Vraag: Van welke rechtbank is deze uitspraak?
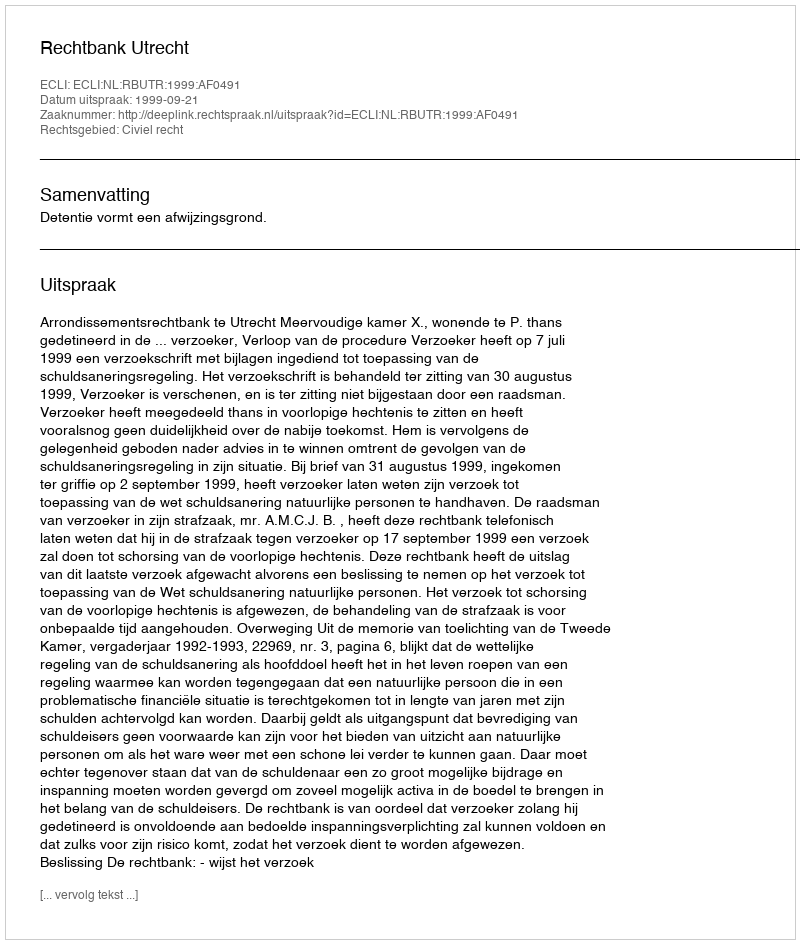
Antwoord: Rechtbank Utrecht